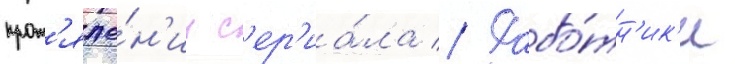
прот'яже́н'ии с'ер'иа́ла // Рабо́тн'ик'и